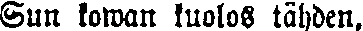
Sun kowan kuolos tähden,